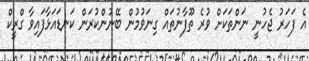
އެ ފަހަރު ޖެހުނީ ނަންތަކަށް ވުރެ ތޫފާނުތައް ގިނަވުމުން ބޭނުންކުރަން ކަނޑައަޅާފައިވާ ގްރީކް